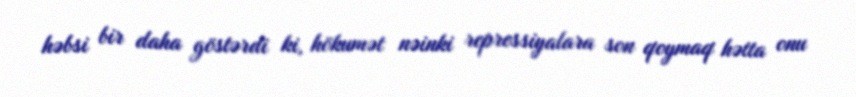
həbsi bir daha göstərdi ki, hökumət nəinki repressiyalara son qoymaq hətta onu